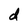
Character: d